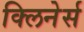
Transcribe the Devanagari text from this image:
क्लिनेर्स